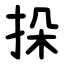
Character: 挆